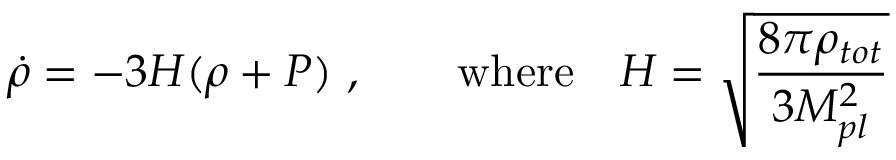
\dot { \rho } = - 3 H ( \rho + P ) ~ , \qquad \mathrm { w h e r e } \quad H = \sqrt { \frac { 8 \pi \rho _ { t o t } } { 3 M _ { p l } ^ { 2 } } }